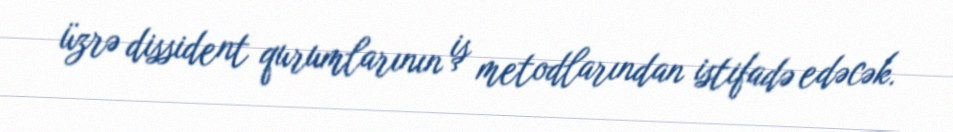
üzrə dissident qurumlarının iş metodlarından istifadə edəcək.